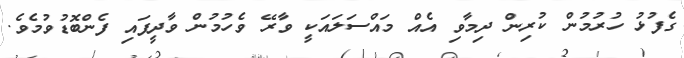
ގެފުޅު ހުރުމުން ކުރިން ދިމާވި އެއް މައްސަލައަކީ ވާރޭ ވެހުމުން ވާދީފައި ފެންބޮޑުވުމެވެ.